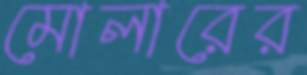
মোলারের